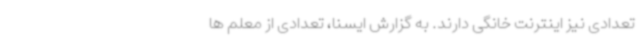
تعدادی نیز اینترنت خانگی دارند. به گزارش ایسنا، تعدادی از معلم ها